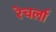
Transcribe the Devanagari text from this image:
रेचर्ला